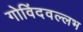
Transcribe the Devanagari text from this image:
गोविंदवल्लभ